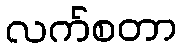
လက်စတာ